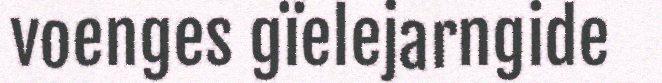
voenges gïelejarngide